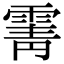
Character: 䨝